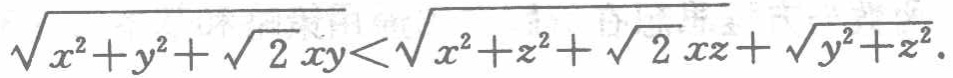
\(\sqrt{x^{2}+y^{2}+\sqrt{2}xy}<\sqrt{x^{2}+z^{2}+\sqrt{2}xz}+\sqrt{y^{2}+z^{2}}\)